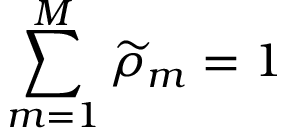
\sum _ { m = 1 } ^ { M } \widetilde { \rho } _ { m } = 1